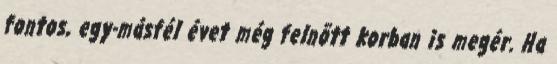
fontos, egy-másfél évet még felnõtt korban is megér. Ha